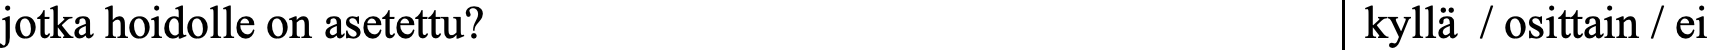
jotka hoidolle on asetettu?                  kyllä / osittain / ei